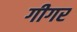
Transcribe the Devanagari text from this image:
गीगर